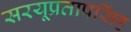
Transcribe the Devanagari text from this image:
सरयूप्रतापसिंह